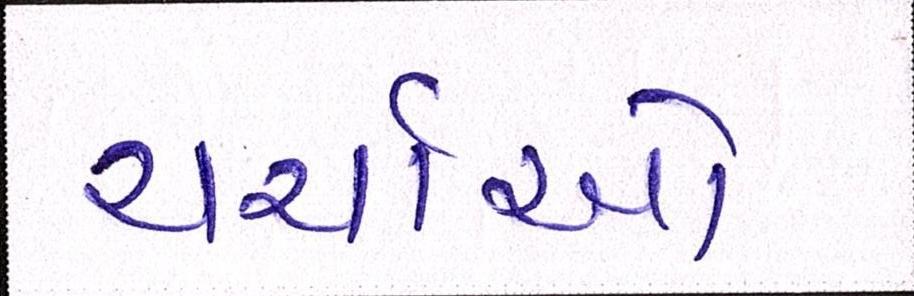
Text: ચર્ચાઓ